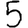
Digit: 5